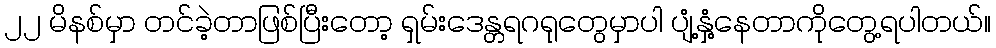
၂၂ မိနစ်မှာ တင်ခဲ့တာဖြစ်ပြီးတော့ ရှမ်းဒေန္တရဂရုတွေမှာပါ ပျံ့နှံ့နေတာကိုတွေ့ရပါတယ်။